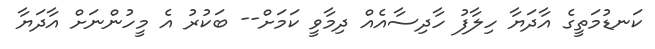
ކަނޑުމަތީގެ އާދަޔާ ހިލާފު ހާދިސާއެއް ދިމާވީ ކަމަށް-- ބަކުރު އެ މީހުންނަށް އާދަޔާ